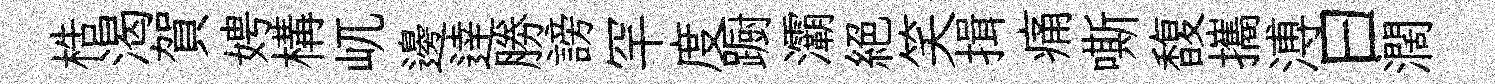
梏渴賀娉構屼邊逹勝謗罕度蹰灞絶笑揖痛嘶馥攜溥曰濶